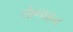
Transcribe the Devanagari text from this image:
चौगाइन